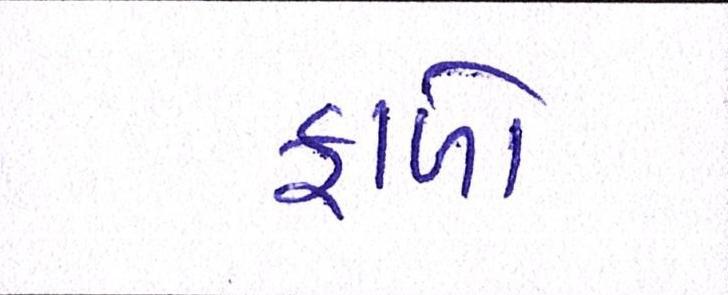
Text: ફાળો